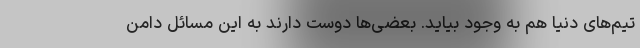
تیم‌های دنیا هم به وجود بیاید. بعضی‌ها دوست دارند به این مسائل دامن